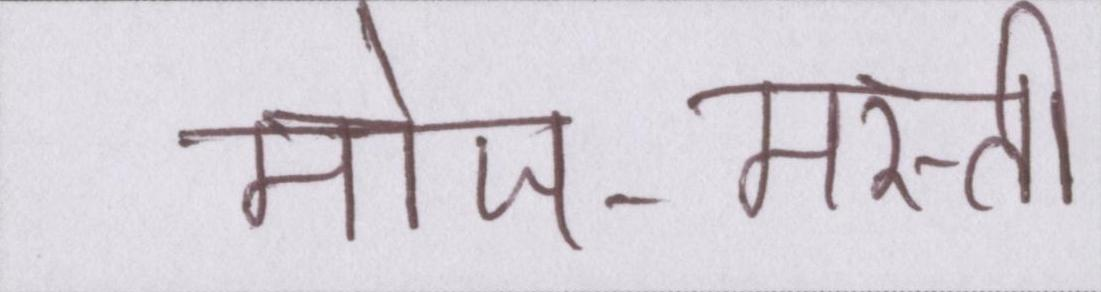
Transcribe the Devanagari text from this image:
मोज-मस्ती